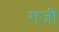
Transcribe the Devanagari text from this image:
गजी